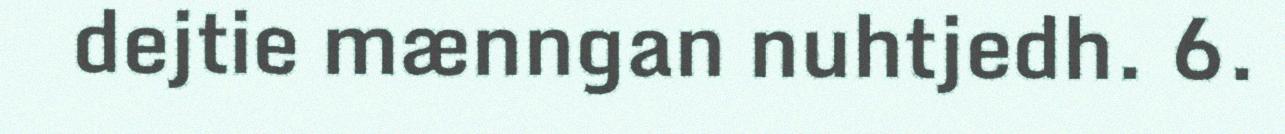
dejtie mænngan nuhtjedh. 6.